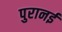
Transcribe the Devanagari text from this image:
पुरानई